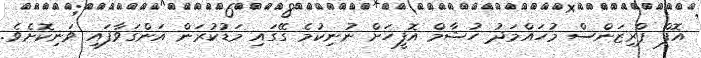
އޮފް ޕްރިޒަންސް މުހައްމަދު ހުޝާމް އޮފީހަށް ނުނިކުމެ ގޭގައި މަޑުކުރަން އަންގަވާފައި ވަނިކޮށެވެ.